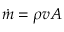
{ \dot { m } } = \rho v A